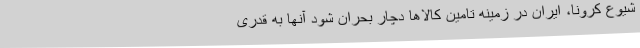
شیوع کرونا، ایران در زمینه تامین کالاها دچار بحران شود آنها به قدری